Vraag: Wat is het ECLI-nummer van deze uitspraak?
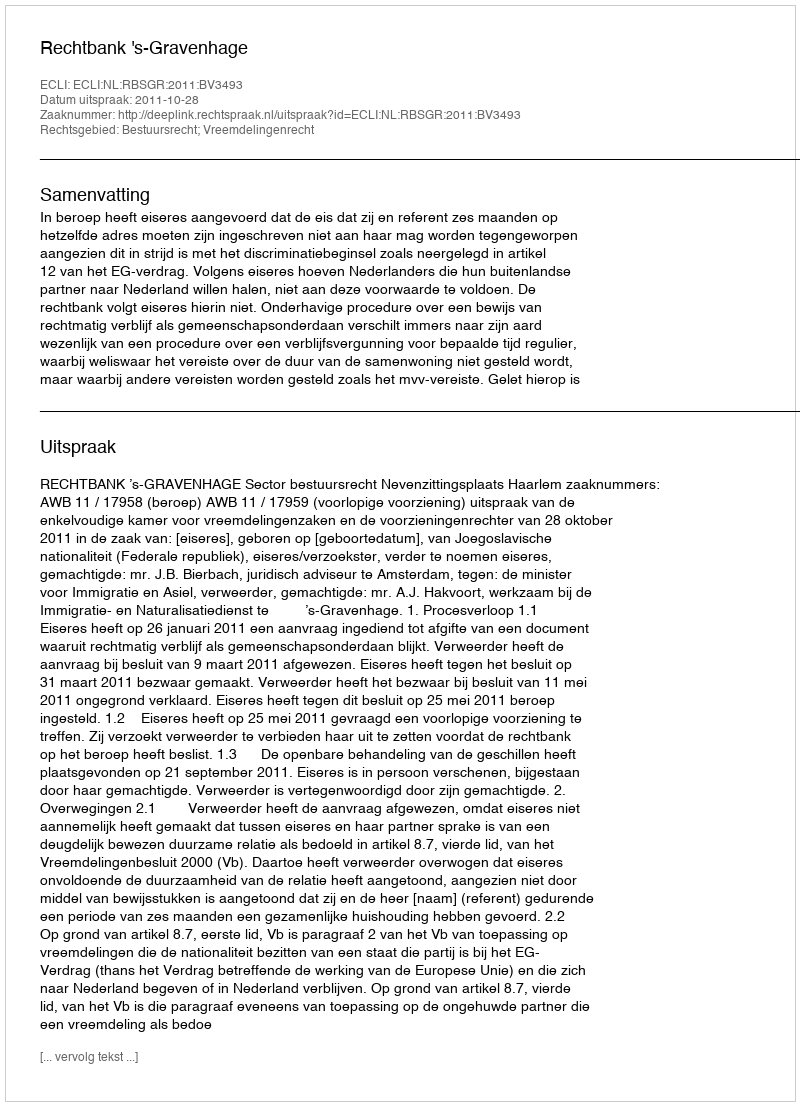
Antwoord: ECLI:NL:RBSGR:2011:BV3493